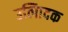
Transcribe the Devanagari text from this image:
उत्पािदक